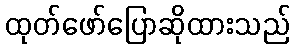
ထုတ်ဖော်ပြောဆိုထားသည်